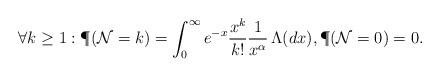
LaTeX: \begin{align*}\forall k\ge 1: \P(\mathcal N = k) = \int_0^\infty e^{-x}\frac{x^k}{k!}\frac 1 {x^\alpha}\,\Lambda(dx),\P(\mathcal N = 0) = 0.\end{align*}